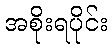
အစိုးရပိုင်း